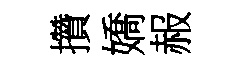
攢嬌赧